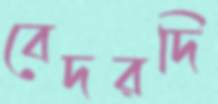
বেদরদি